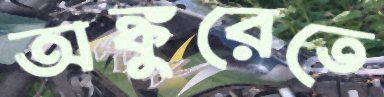
অঙ্কুরেতে